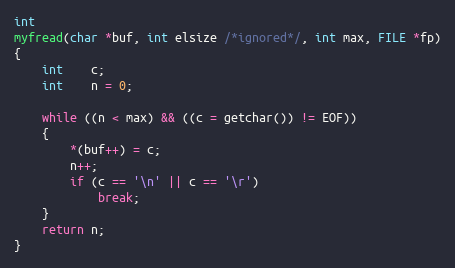
Language: C
int
myfread(char *buf, int elsize /*ignored*/, int max, FILE *fp)
{
	int	c;
	int	n = 0;

	while ((n < max) && ((c = getchar()) != EOF))
	{
		*(buf++) = c;
		n++;
		if (c == '\n' || c == '\r')
			break;
	}
	return n;
}